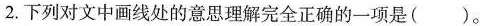
2.下列对文中画线处的意思理解完全正确的一项是()。